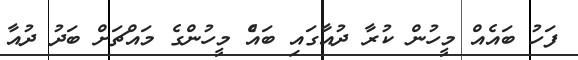
ފަހު ބައެއް މީހުން ކުރާ ދުއާގައި ބައެް މީހުންގެ މައްޗަށް ބަދު ދުއާ